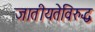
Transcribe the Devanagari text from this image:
जातीयतेविरुद्ध